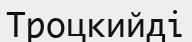
Троцкийді